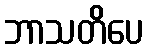
ဘာသတိပေ